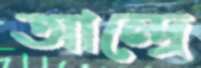
আন্দ্রে